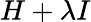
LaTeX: H+\lambda I